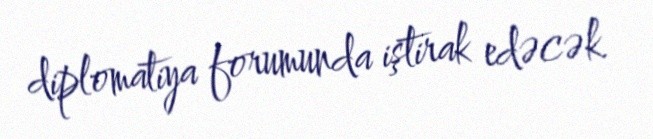
diplomatiya forumunda iştirak edəcək.